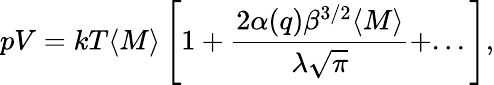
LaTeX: pV=kT\langle M\rangle\left[1+\frac{2\alpha(q)\beta^{3/2}\langle M\rangle}{\lambda\sqrt{\pi}}+...\right],